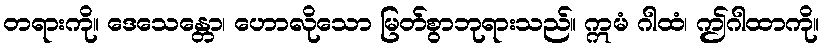
တရားကို။ ဒေသေန္တော၊ ဟောလိုသော မြတ်စွာဘုရားသည်။ ဣမံ ဂါထံ၊ ဤဂါထာကို။